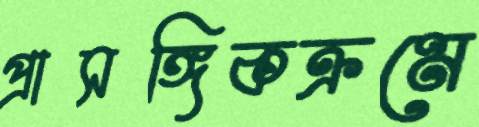
প্রাসঙ্গিকক্রমে